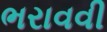
ભરાવવી